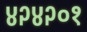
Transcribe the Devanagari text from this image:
४२४२०१